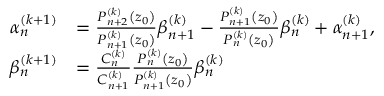
\begin{array} { r l } { \alpha _ { n } ^ { ( k + 1 ) } } & { = \frac { P _ { n + 2 } ^ { ( k ) } \left( z _ { 0 } \right) } { P _ { n + 1 } ^ { ( k ) } \left( z _ { 0 } \right) } \beta _ { n + 1 } ^ { ( k ) } - \frac { P _ { n + 1 } ^ { ( k ) } \left( z _ { 0 } \right) } { P _ { n } ^ { ( k ) } \left( z _ { 0 } \right) } \beta _ { n } ^ { ( k ) } + \alpha _ { n + 1 } ^ { ( k ) } , } \\ { \beta _ { n } ^ { ( k + 1 ) } } & { = \frac { C _ { n } ^ { ( k ) } } { C _ { n + 1 } ^ { ( k ) } } \frac { P _ { n } ^ { ( k ) } \left( z _ { 0 } \right) } { P _ { n + 1 } ^ { ( k ) } \left( z _ { 0 } \right) } \beta _ { n } ^ { ( k ) } } \end{array}